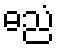
ဓညံ